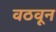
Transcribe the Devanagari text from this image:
वठवून